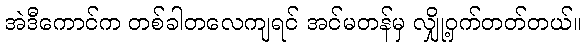
အဲဒီကောင်က တစ်ခါတလေကျရင် အင်မတန်မှ လျှို့ဝှက်တတ်တယ်။